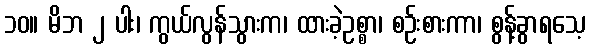
၁၀။ မိဘ ၂ ပါး၊ ကွယ်လွန်သွားက၊ ထားခဲ့ဥစ္စာ၊ စဉ်းစားကာ၊ စွန့်ခွာရသေ့